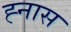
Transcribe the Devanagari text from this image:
ह्नास